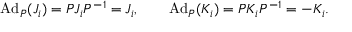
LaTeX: \mathrm { A d } _ { P } ( J _ { i } ) = P J _ { i } P ^ { - 1 } = J _ { i } , \qquad \mathrm { A d } _ { P } ( K _ { i } ) = P K _ { i } P ^ { - 1 } = - K _ { i } .